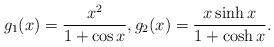
LaTeX: \begin{align*}g_1(x)= \frac{x^2}{1+\cos x}, g_2(x)= \frac{x\sinh x}{1+\cosh x}.\end{align*}